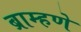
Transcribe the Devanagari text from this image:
ब्राम्हणे